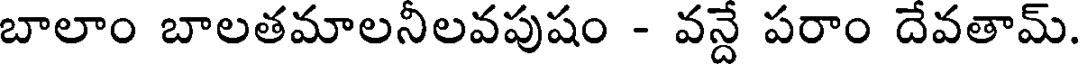
బాలాం బాలతమాలనీలవపుషం - వన్దే పరాం దేవతామ్.